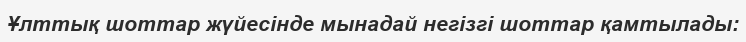
Ұлттық шоттар жүйесінде мынадай негізгі шоттар қамтылады: